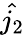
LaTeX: \hat{j_{2}}